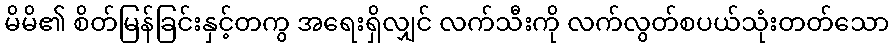
မိမိ၏ စိတ်မြန်ခြင်းနှင့်တကွ အရေးရှိလျှင် လက်သီးကို လက်လွတ်စပယ်သုံးတတ်သော